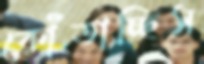
কোঁতাচ্ছিস